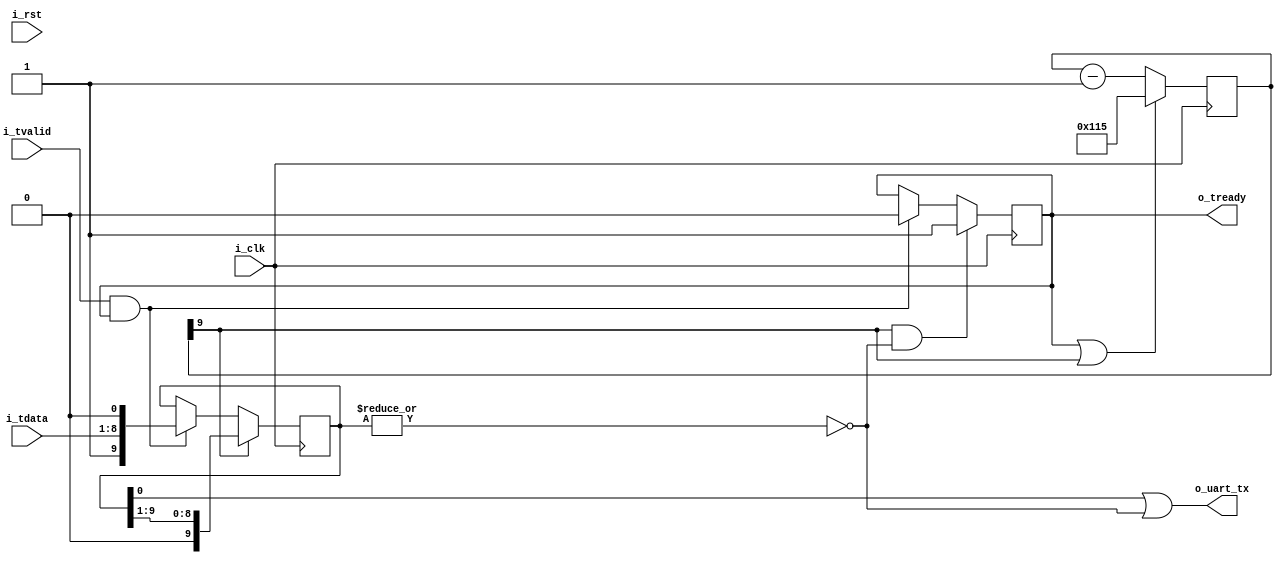
/*
 * emitter_uart.v : Simple UA(R)T used as emitter in CoreScore
 *
 * SPDX-FileCopyrightText: 2023 Olof Kindgren <olof@award-winning.me>
 * SPDX-License-Identifier: Apache-2.0
 */

module emitter_uart
  #(parameter clk_freq_hz = 16_000_000,
    parameter baud_rate = 57600)
   (input wire	     i_clk,
    input wire	     i_rst,
    input wire [7:0] i_tdata,
    input wire	     i_tvalid,
    output reg	     o_tready,
    output wire	     o_uart_tx);

   localparam START_VALUE = clk_freq_hz/baud_rate;

   localparam WIDTH = $clog2(START_VALUE);

   reg [WIDTH:0] cnt;

   reg [9:0]	 data;

   assign o_uart_tx = data[0] | !(|data);

   always @(posedge i_clk) begin
      if (cnt[WIDTH] & !(|data))
        o_tready <= 1'b1;
      else if (i_tvalid & o_tready)
        o_tready <= 1'b0;

      if (o_tready | cnt[WIDTH])
        cnt <= {1'b0,START_VALUE[WIDTH-1:0]};
      else
        cnt <= cnt-1;

      if (cnt[WIDTH])
        data <= {1'b0, data[9:1]};
      else if (i_tvalid & o_tready)
        data <= {1'b1, i_tdata, 1'b0};
   end

endmodule